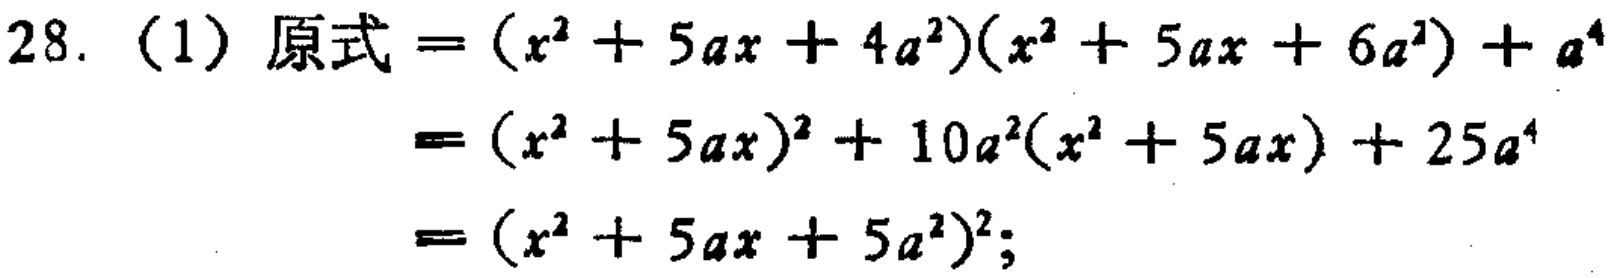
28.（1）原式\(=(x^{2}+5ax + 4a^{2})(x^{2}+5ax + 6a^{2})+a^{4}\)

\(=(x^{2}+5ax)^{2}+10a^{2}(x^{2}+5ax)+25a^{4}\)

\(=(x^{2}+5ax + 5a^{2})^{2}\);